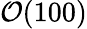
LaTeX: \mathcal{O}(100)